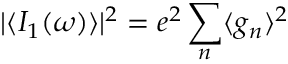
| \langle I _ { 1 } ( \omega ) \rangle | ^ { 2 } = e ^ { 2 } \sum _ { n } \langle g _ { n } \rangle ^ { 2 }